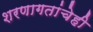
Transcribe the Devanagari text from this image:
शरणागतांचेही